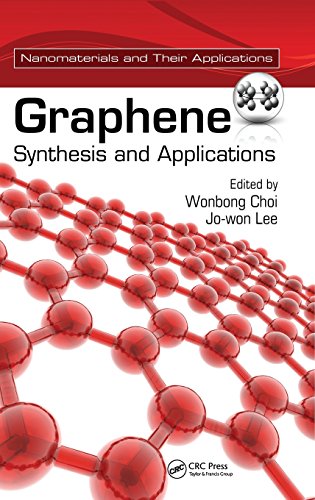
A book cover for Graphene: Synthesis and Applications (Nanomaterials and their Applications); Science & Math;